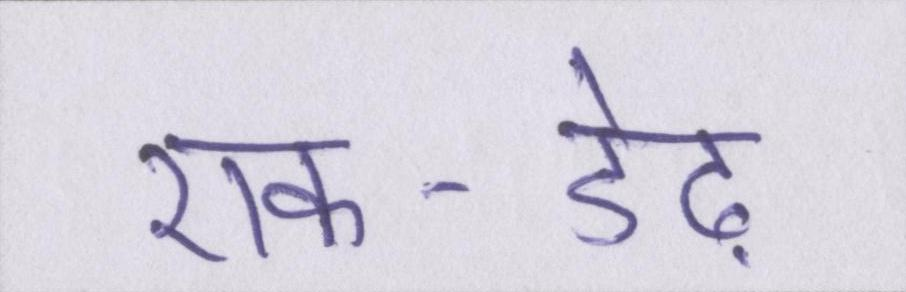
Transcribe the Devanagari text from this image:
एक-डेढ़